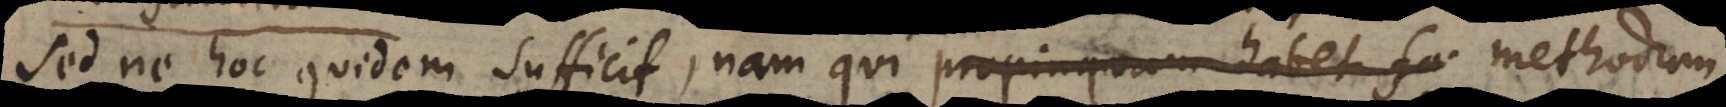
Sed ne hoc quidem sufficit, nam qui propinquam habet fa methodum